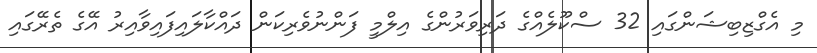
މި އެގްޒިބިޝަންގައި 32 ސްކޫލެއްގެ ދަރިވަރުންގެ އިލްމީ ފަންނުވެރިކަން ދައްކާލައިފައިވާއިރު އޭގެ ތެރޭގައި